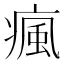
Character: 瘋